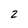
Character: 2